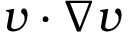
\boldsymbol { v } \cdot \nabla \boldsymbol { v }